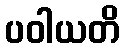
ပဝါယတိ